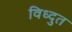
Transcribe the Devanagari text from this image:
विध्दुत